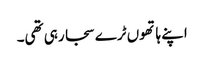
اپنے ہاتھوں ٹرے سجا رہی تھی۔